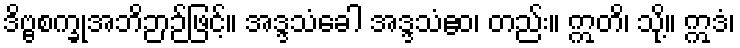
ဒိဗ္ဗစက္ခုအဘိဉာဉ်ဖြင့်။ အဒ္ဒသံခေါ အဒ္ဒသံဧဝ၊ တည်း။ ဣတိ၊ သို့။ ဣဒံ၊